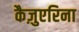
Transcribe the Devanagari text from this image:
कैज़ुएरिना